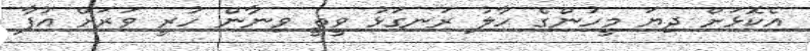
އެކޮޅަށް ދިޔަ މީހުންގެ ހާލު ރަނގަޅު ވީތީ ވިނާން ހުރީ ވަރަށް އުފާ